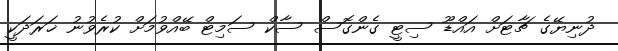
ދުނިޔޭގެ ޗާޓަށް އައްޑޫ ސިޓީ ގެންގޮސް ސާކް ސަމިޓް ބޭއްވުމަށް ކުރެވުނު ޚަރަދަކީ